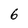
Character: 6